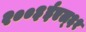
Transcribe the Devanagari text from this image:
२००३ईएल्‌६१